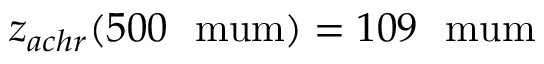
z _ { a c h r } ( 5 0 0 ~ \mathrm { \ m u m } ) = 1 0 9 ~ \mathrm { \ m u m }